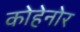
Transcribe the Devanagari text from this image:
कोहेनोर